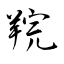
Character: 羦